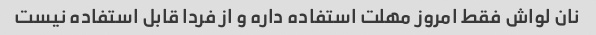
نان لواش فقط امروز مهلت استفاده داره و از فردا قابل استفاده نیست